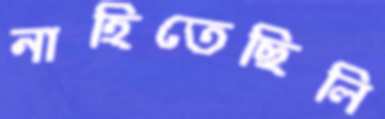
নাহিতেছিলি